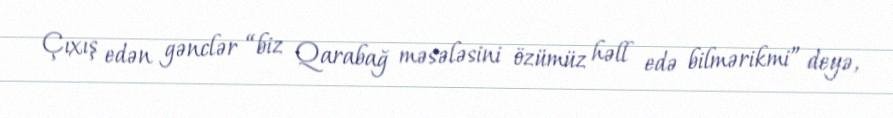
Çıxış edən gənclər “biz Qarabağ məsələsini özümüz həll edə bilmərikmi” deyə,